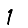
Digit: 1